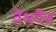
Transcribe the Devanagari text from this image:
वैश्वदैव